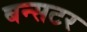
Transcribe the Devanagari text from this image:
बन्सटर